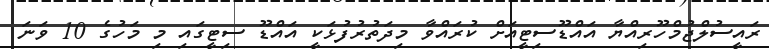
ރައީސުލްޖުމްހޫރިއްޔާ އައްޑޫސިޓީއަށް ކުރައްވާ މިދަތުރުފުޅަކީ އައްޑޫ ސިޓީގައި މި މަހުގެ 10 ވަނަ